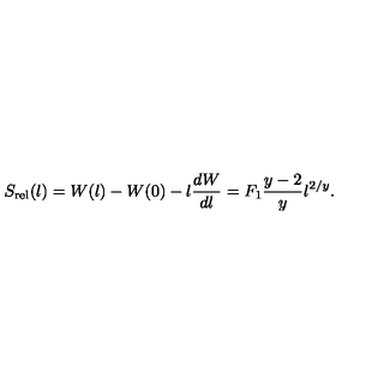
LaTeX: S _ { \mathrm { r e l } } ( \l ) = W ( \l ) - W ( 0 ) - \l { \frac { d W } { d \l } } = F _ { 1 } \frac { y - 2 } { y } \l ^ { 2 / y } .